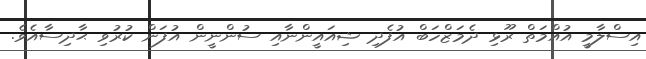
އިސްލާމީ އުއްމަތް ރޫޅި ދެމަޒްހަބް އުފެދި ޝިއައީންނާއި ސުންނީން އުފަން ކުރުވި ޙާދިސާއެވެ.